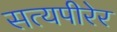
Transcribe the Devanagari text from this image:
सत्यपीरेर